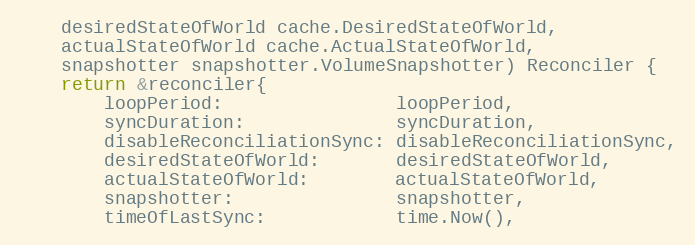
Language: Go
	desiredStateOfWorld cache.DesiredStateOfWorld,
	actualStateOfWorld cache.ActualStateOfWorld,
	snapshotter snapshotter.VolumeSnapshotter) Reconciler {
	return &reconciler{
		loopPeriod:                loopPeriod,
		syncDuration:              syncDuration,
		disableReconciliationSync: disableReconciliationSync,
		desiredStateOfWorld:       desiredStateOfWorld,
		actualStateOfWorld:        actualStateOfWorld,
		snapshotter:               snapshotter,
		timeOfLastSync:            time.Now(),